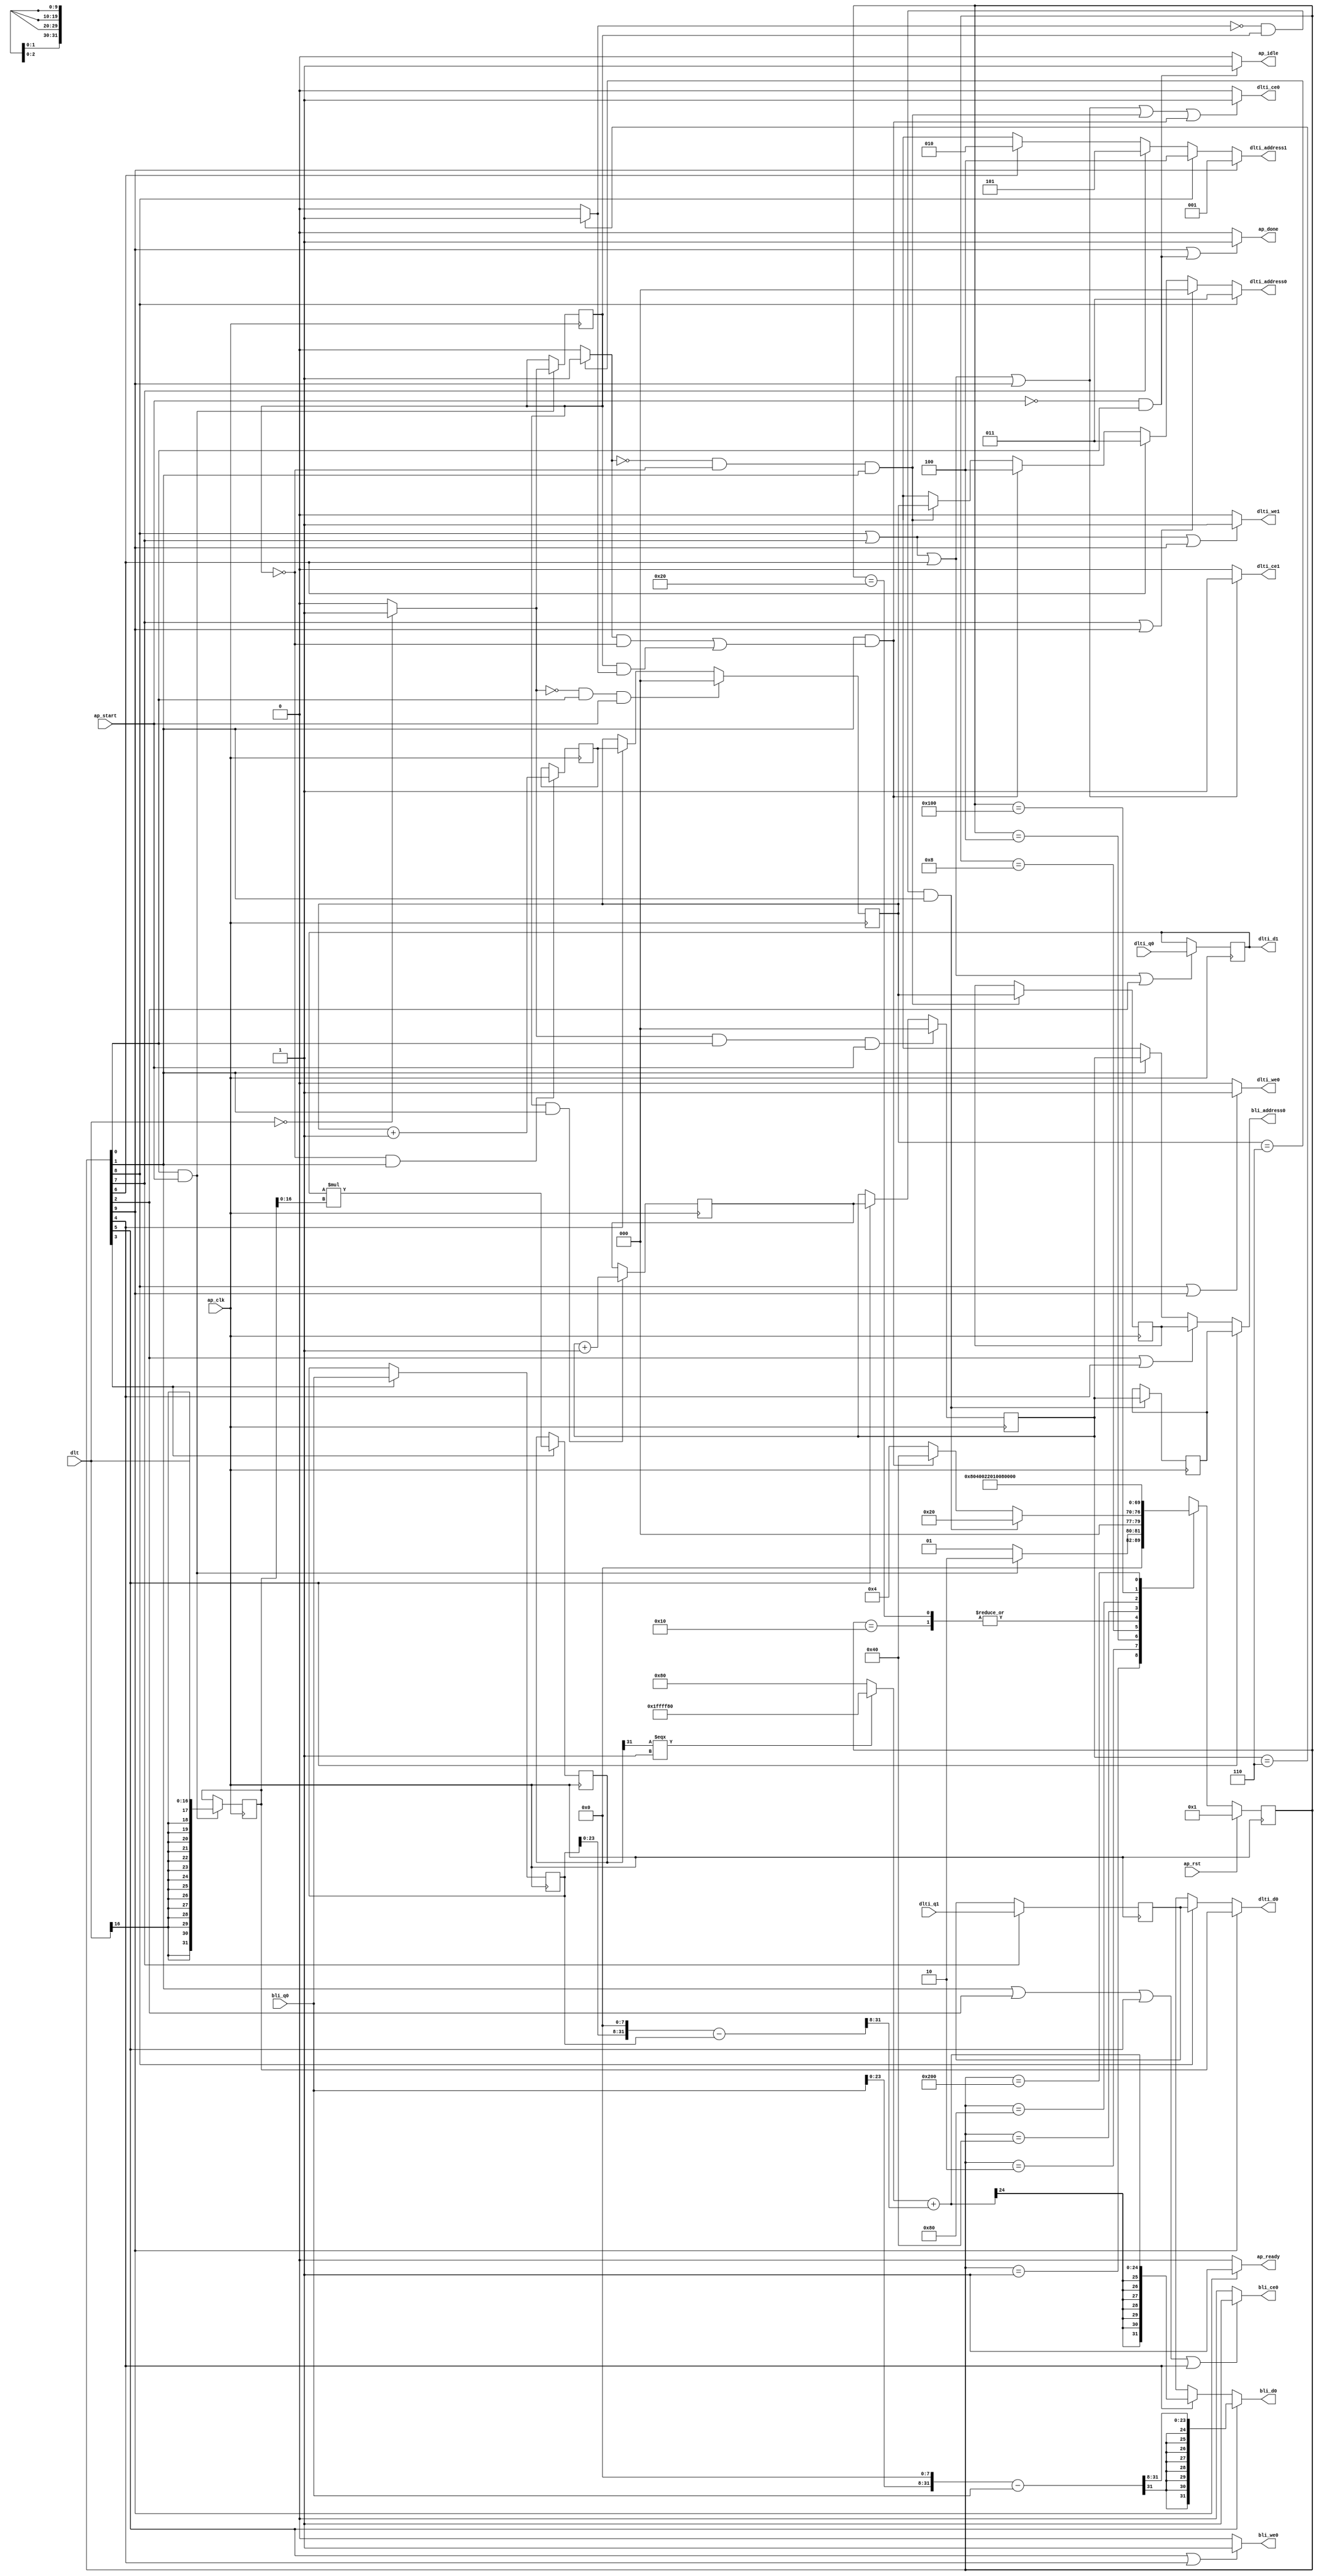
// ==============================================================
// RTL generated by Vivado(TM) HLS - High-Level Synthesis from C, C++ and SystemC
// Version: 2018.3
// Copyright (C) 1986-2018 Xilinx, Inc. All Rights Reserved.
// 
// ===========================================================

`timescale 1 ns / 1 ps 

module upzero (
        ap_clk,
        ap_rst,
        ap_start,
        ap_done,
        ap_idle,
        ap_ready,
        dlt,
        dlti_address0,
        dlti_ce0,
        dlti_we0,
        dlti_d0,
        dlti_q0,
        dlti_address1,
        dlti_ce1,
        dlti_we1,
        dlti_d1,
        dlti_q1,
        bli_address0,
        bli_ce0,
        bli_we0,
        bli_d0,
        bli_q0
);

parameter    ap_ST_fsm_state1 = 10'd1;
parameter    ap_ST_fsm_state2 = 10'd2;
parameter    ap_ST_fsm_state3 = 10'd4;
parameter    ap_ST_fsm_state4 = 10'd8;
parameter    ap_ST_fsm_state5 = 10'd16;
parameter    ap_ST_fsm_state6 = 10'd32;
parameter    ap_ST_fsm_state7 = 10'd64;
parameter    ap_ST_fsm_state8 = 10'd128;
parameter    ap_ST_fsm_state9 = 10'd256;
parameter    ap_ST_fsm_state10 = 10'd512;

input   ap_clk;
input   ap_rst;
input   ap_start;
output   ap_done;
output   ap_idle;
output   ap_ready;
input  [16:0] dlt;
output  [2:0] dlti_address0;
output   dlti_ce0;
output   dlti_we0;
output  [31:0] dlti_d0;
input  [31:0] dlti_q0;
output  [2:0] dlti_address1;
output   dlti_ce1;
output   dlti_we1;
output  [31:0] dlti_d1;
input  [31:0] dlti_q1;
output  [2:0] bli_address0;
output   bli_ce0;
output   bli_we0;
output  [31:0] bli_d0;
input  [31:0] bli_q0;

reg ap_done;
reg ap_idle;
reg ap_ready;
reg[2:0] dlti_address0;
reg dlti_ce0;
reg dlti_we0;
reg[31:0] dlti_d0;
reg[2:0] dlti_address1;
reg dlti_ce1;
reg dlti_we1;
reg[2:0] bli_address0;
reg bli_ce0;
reg bli_we0;
reg[31:0] bli_d0;

(* fsm_encoding = "none" *) reg   [9:0] ap_CS_fsm;
wire    ap_CS_fsm_state1;
reg  signed [31:0] reg_162;
wire    ap_CS_fsm_state3;
wire    ap_CS_fsm_state7;
wire    ap_CS_fsm_state8;
wire    ap_CS_fsm_state9;
wire  signed [31:0] dlt_cast1_fu_167_p1;
reg  signed [31:0] dlt_cast1_reg_294;
wire   [0:0] tmp_fu_171_p2;
reg   [0:0] tmp_reg_305;
wire   [2:0] i_3_fu_183_p2;
reg   [2:0] i_3_reg_312;
wire    ap_CS_fsm_state2;
wire   [0:0] exitcond_fu_177_p2;
reg   [2:0] bli_addr_1_reg_322;
wire   [2:0] i_2_fu_201_p2;
reg   [2:0] i_2_reg_330;
reg   [2:0] bli_addr_reg_335;
wire   [0:0] exitcond1_fu_195_p2;
wire   [31:0] tmp_6_fu_212_p2;
reg   [31:0] tmp_6_reg_346;
wire    ap_CS_fsm_state4;
reg   [31:0] bli_load_1_reg_351;
wire   [2:0] dlti_addr_3_reg_357;
reg   [31:0] dlti_load_3_reg_367;
reg   [2:0] i_1_reg_140;
wire    ap_CS_fsm_state5;
reg   [2:0] i_reg_151;
wire    ap_CS_fsm_state6;
wire   [63:0] tmp_5_fu_189_p1;
wire   [63:0] tmp_1_fu_207_p1;
wire    ap_CS_fsm_state10;
wire  signed [31:0] tmp_4_cast_fu_262_p1;
wire  signed [31:0] tmp_3_fu_289_p1;
wire  signed [16:0] dlt_cast1_fu_167_p0;
wire  signed [16:0] tmp_fu_171_p0;
wire  signed [16:0] tmp_6_fu_212_p1;
wire   [0:0] tmp_9_fu_217_p3;
wire   [31:0] tmp_10_fu_232_p2;
wire   [31:0] tmp_s_fu_237_p2;
wire   [23:0] tmp_11_fu_242_p4;
wire   [24:0] tmp_9_cast_cast_fu_224_p3;
wire  signed [24:0] wd3_cast_fu_252_p1;
wire   [24:0] tmp_4_fu_256_p2;
wire   [31:0] tmp_7_fu_267_p2;
wire   [31:0] tmp_2_fu_273_p2;
wire   [23:0] tmp_8_fu_279_p4;
reg   [9:0] ap_NS_fsm;

// power-on initialization
initial begin
#0 ap_CS_fsm = 10'd1;
end

always @ (posedge ap_clk) begin
    if (ap_rst == 1'b1) begin
        ap_CS_fsm <= ap_ST_fsm_state1;
    end else begin
        ap_CS_fsm <= ap_NS_fsm;
    end
end

always @ (posedge ap_clk) begin
    if (((tmp_fu_171_p2 == 1'd0) & (1'b1 == ap_CS_fsm_state1) & (ap_start == 1'b1))) begin
        i_1_reg_140 <= 3'd0;
    end else if ((1'b1 == ap_CS_fsm_state5)) begin
        i_1_reg_140 <= i_3_reg_312;
    end
end

always @ (posedge ap_clk) begin
    if (((tmp_fu_171_p2 == 1'd1) & (1'b1 == ap_CS_fsm_state1) & (ap_start == 1'b1))) begin
        i_reg_151 <= 3'd0;
    end else if ((1'b1 == ap_CS_fsm_state6)) begin
        i_reg_151 <= i_2_reg_330;
    end
end

always @ (posedge ap_clk) begin
    if (((exitcond_fu_177_p2 == 1'd0) & (tmp_reg_305 == 1'd0) & (1'b1 == ap_CS_fsm_state2))) begin
        bli_addr_1_reg_322 <= tmp_5_fu_189_p1;
    end
end

always @ (posedge ap_clk) begin
    if (((exitcond1_fu_195_p2 == 1'd0) & (tmp_reg_305 == 1'd1) & (1'b1 == ap_CS_fsm_state2))) begin
        bli_addr_reg_335 <= tmp_1_fu_207_p1;
    end
end

always @ (posedge ap_clk) begin
    if ((1'b1 == ap_CS_fsm_state4)) begin
        bli_load_1_reg_351 <= bli_q0;
        tmp_6_reg_346 <= tmp_6_fu_212_p2;
    end
end

always @ (posedge ap_clk) begin
    if (((1'b1 == ap_CS_fsm_state1) & (ap_start == 1'b1))) begin
        dlt_cast1_reg_294 <= dlt_cast1_fu_167_p1;
        tmp_reg_305 <= tmp_fu_171_p2;
    end
end

always @ (posedge ap_clk) begin
    if ((1'b1 == ap_CS_fsm_state8)) begin
        dlti_load_3_reg_367 <= dlti_q1;
    end
end

always @ (posedge ap_clk) begin
    if (((tmp_reg_305 == 1'd1) & (1'b1 == ap_CS_fsm_state2))) begin
        i_2_reg_330 <= i_2_fu_201_p2;
    end
end

always @ (posedge ap_clk) begin
    if (((tmp_reg_305 == 1'd0) & (1'b1 == ap_CS_fsm_state2))) begin
        i_3_reg_312 <= i_3_fu_183_p2;
    end
end

always @ (posedge ap_clk) begin
    if (((1'b1 == ap_CS_fsm_state9) | (1'b1 == ap_CS_fsm_state8) | (1'b1 == ap_CS_fsm_state7) | (1'b1 == ap_CS_fsm_state3))) begin
        reg_162 <= dlti_q0;
    end
end

always @ (*) begin
    if (((1'b1 == ap_CS_fsm_state10) | ((ap_start == 1'b0) & (1'b1 == ap_CS_fsm_state1)))) begin
        ap_done = 1'b1;
    end else begin
        ap_done = 1'b0;
    end
end

always @ (*) begin
    if (((ap_start == 1'b0) & (1'b1 == ap_CS_fsm_state1))) begin
        ap_idle = 1'b1;
    end else begin
        ap_idle = 1'b0;
    end
end

always @ (*) begin
    if ((1'b1 == ap_CS_fsm_state10)) begin
        ap_ready = 1'b1;
    end else begin
        ap_ready = 1'b0;
    end
end

always @ (*) begin
    if ((1'b1 == ap_CS_fsm_state6)) begin
        bli_address0 = bli_addr_reg_335;
    end else if (((1'b1 == ap_CS_fsm_state3) | (1'b1 == ap_CS_fsm_state5))) begin
        bli_address0 = bli_addr_1_reg_322;
    end else if ((1'b1 == ap_CS_fsm_state2)) begin
        bli_address0 = tmp_1_fu_207_p1;
    end else begin
        bli_address0 = 'bx;
    end
end

always @ (*) begin
    if (((1'b1 == ap_CS_fsm_state2) | (1'b1 == ap_CS_fsm_state3) | (1'b1 == ap_CS_fsm_state6) | (1'b1 == ap_CS_fsm_state5))) begin
        bli_ce0 = 1'b1;
    end else begin
        bli_ce0 = 1'b0;
    end
end

always @ (*) begin
    if ((1'b1 == ap_CS_fsm_state6)) begin
        bli_d0 = tmp_3_fu_289_p1;
    end else if ((1'b1 == ap_CS_fsm_state5)) begin
        bli_d0 = tmp_4_cast_fu_262_p1;
    end else begin
        bli_d0 = 'bx;
    end
end

always @ (*) begin
    if (((1'b1 == ap_CS_fsm_state6) | (1'b1 == ap_CS_fsm_state5))) begin
        bli_we0 = 1'b1;
    end else begin
        bli_we0 = 1'b0;
    end
end

always @ (*) begin
    if ((1'b1 == ap_CS_fsm_state9)) begin
        dlti_address0 = dlti_addr_3_reg_357;
    end else if (((1'b1 == ap_CS_fsm_state8) | (1'b1 == ap_CS_fsm_state10))) begin
        dlti_address0 = 64'd0;
    end else if ((1'b1 == ap_CS_fsm_state7)) begin
        dlti_address0 = 64'd3;
    end else if (((1'b1 == ap_CS_fsm_state2) & (((exitcond_fu_177_p2 == 1'd1) & (tmp_reg_305 == 1'd0)) | ((tmp_reg_305 == 1'd1) & (exitcond1_fu_195_p2 == 1'd1))))) begin
        dlti_address0 = 64'd4;
    end else if (((exitcond_fu_177_p2 == 1'd0) & (tmp_reg_305 == 1'd0) & (1'b1 == ap_CS_fsm_state2))) begin
        dlti_address0 = tmp_5_fu_189_p1;
    end else begin
        dlti_address0 = 'bx;
    end
end

always @ (*) begin
    if ((1'b1 == ap_CS_fsm_state10)) begin
        dlti_address1 = 64'd1;
    end else if ((1'b1 == ap_CS_fsm_state9)) begin
        dlti_address1 = 64'd4;
    end else if ((1'b1 == ap_CS_fsm_state8)) begin
        dlti_address1 = 64'd5;
    end else if ((1'b1 == ap_CS_fsm_state7)) begin
        dlti_address1 = 64'd2;
    end else begin
        dlti_address1 = 'bx;
    end
end

always @ (*) begin
    if (((1'b1 == ap_CS_fsm_state9) | (1'b1 == ap_CS_fsm_state8) | (1'b1 == ap_CS_fsm_state7) | (1'b1 == ap_CS_fsm_state10) | ((exitcond_fu_177_p2 == 1'd0) & (tmp_reg_305 == 1'd0) & (1'b1 == ap_CS_fsm_state2)) | ((1'b1 == ap_CS_fsm_state2) & (((exitcond_fu_177_p2 == 1'd1) & (tmp_reg_305 == 1'd0)) | ((tmp_reg_305 == 1'd1) & (exitcond1_fu_195_p2 == 1'd1)))))) begin
        dlti_ce0 = 1'b1;
    end else begin
        dlti_ce0 = 1'b0;
    end
end

always @ (*) begin
    if (((1'b1 == ap_CS_fsm_state9) | (1'b1 == ap_CS_fsm_state8) | (1'b1 == ap_CS_fsm_state7) | (1'b1 == ap_CS_fsm_state10))) begin
        dlti_ce1 = 1'b1;
    end else begin
        dlti_ce1 = 1'b0;
    end
end

always @ (*) begin
    if ((1'b1 == ap_CS_fsm_state10)) begin
        dlti_d0 = dlt_cast1_reg_294;
    end else if ((1'b1 == ap_CS_fsm_state9)) begin
        dlti_d0 = dlti_load_3_reg_367;
    end else begin
        dlti_d0 = 'bx;
    end
end

always @ (*) begin
    if (((1'b1 == ap_CS_fsm_state9) | (1'b1 == ap_CS_fsm_state10))) begin
        dlti_we0 = 1'b1;
    end else begin
        dlti_we0 = 1'b0;
    end
end

always @ (*) begin
    if (((1'b1 == ap_CS_fsm_state9) | (1'b1 == ap_CS_fsm_state8) | (1'b1 == ap_CS_fsm_state10))) begin
        dlti_we1 = 1'b1;
    end else begin
        dlti_we1 = 1'b0;
    end
end

always @ (*) begin
    case (ap_CS_fsm)
        ap_ST_fsm_state1 : begin
            if (((1'b1 == ap_CS_fsm_state1) & (ap_start == 1'b1))) begin
                ap_NS_fsm = ap_ST_fsm_state2;
            end else begin
                ap_NS_fsm = ap_ST_fsm_state1;
            end
        end
        ap_ST_fsm_state2 : begin
            if (((exitcond1_fu_195_p2 == 1'd0) & (tmp_reg_305 == 1'd1) & (1'b1 == ap_CS_fsm_state2))) begin
                ap_NS_fsm = ap_ST_fsm_state6;
            end else if (((1'b1 == ap_CS_fsm_state2) & (((exitcond_fu_177_p2 == 1'd1) & (tmp_reg_305 == 1'd0)) | ((tmp_reg_305 == 1'd1) & (exitcond1_fu_195_p2 == 1'd1))))) begin
                ap_NS_fsm = ap_ST_fsm_state7;
            end else begin
                ap_NS_fsm = ap_ST_fsm_state3;
            end
        end
        ap_ST_fsm_state3 : begin
            ap_NS_fsm = ap_ST_fsm_state4;
        end
        ap_ST_fsm_state4 : begin
            ap_NS_fsm = ap_ST_fsm_state5;
        end
        ap_ST_fsm_state5 : begin
            ap_NS_fsm = ap_ST_fsm_state2;
        end
        ap_ST_fsm_state6 : begin
            ap_NS_fsm = ap_ST_fsm_state2;
        end
        ap_ST_fsm_state7 : begin
            ap_NS_fsm = ap_ST_fsm_state8;
        end
        ap_ST_fsm_state8 : begin
            ap_NS_fsm = ap_ST_fsm_state9;
        end
        ap_ST_fsm_state9 : begin
            ap_NS_fsm = ap_ST_fsm_state10;
        end
        ap_ST_fsm_state10 : begin
            ap_NS_fsm = ap_ST_fsm_state1;
        end
        default : begin
            ap_NS_fsm = 'bx;
        end
    endcase
end

assign ap_CS_fsm_state1 = ap_CS_fsm[32'd0];

assign ap_CS_fsm_state10 = ap_CS_fsm[32'd9];

assign ap_CS_fsm_state2 = ap_CS_fsm[32'd1];

assign ap_CS_fsm_state3 = ap_CS_fsm[32'd2];

assign ap_CS_fsm_state4 = ap_CS_fsm[32'd3];

assign ap_CS_fsm_state5 = ap_CS_fsm[32'd4];

assign ap_CS_fsm_state6 = ap_CS_fsm[32'd5];

assign ap_CS_fsm_state7 = ap_CS_fsm[32'd6];

assign ap_CS_fsm_state8 = ap_CS_fsm[32'd7];

assign ap_CS_fsm_state9 = ap_CS_fsm[32'd8];

assign dlt_cast1_fu_167_p0 = dlt;

assign dlt_cast1_fu_167_p1 = dlt_cast1_fu_167_p0;

assign dlti_addr_3_reg_357 = 64'd3;

assign dlti_d1 = reg_162;

assign exitcond1_fu_195_p2 = ((i_reg_151 == 3'd6) ? 1'b1 : 1'b0);

assign exitcond_fu_177_p2 = ((i_1_reg_140 == 3'd6) ? 1'b1 : 1'b0);

assign i_2_fu_201_p2 = (i_reg_151 + 3'd1);

assign i_3_fu_183_p2 = (i_1_reg_140 + 3'd1);

assign tmp_10_fu_232_p2 = bli_load_1_reg_351 << 32'd8;

assign tmp_11_fu_242_p4 = {{tmp_s_fu_237_p2[31:8]}};

assign tmp_1_fu_207_p1 = i_reg_151;

assign tmp_2_fu_273_p2 = (tmp_7_fu_267_p2 - bli_q0);

assign tmp_3_fu_289_p1 = $signed(tmp_8_fu_279_p4);

assign tmp_4_cast_fu_262_p1 = $signed(tmp_4_fu_256_p2);

assign tmp_4_fu_256_p2 = ($signed(tmp_9_cast_cast_fu_224_p3) + $signed(wd3_cast_fu_252_p1));

assign tmp_5_fu_189_p1 = i_1_reg_140;

assign tmp_6_fu_212_p1 = dlt_cast1_reg_294;

assign tmp_6_fu_212_p2 = ($signed(reg_162) * $signed(tmp_6_fu_212_p1));

assign tmp_7_fu_267_p2 = bli_q0 << 32'd8;

assign tmp_8_fu_279_p4 = {{tmp_2_fu_273_p2[31:8]}};

assign tmp_9_cast_cast_fu_224_p3 = ((tmp_9_fu_217_p3[0:0] === 1'b1) ? 25'd33554304 : 25'd128);

assign tmp_9_fu_217_p3 = tmp_6_reg_346[32'd31];

assign tmp_fu_171_p0 = dlt;

assign tmp_fu_171_p2 = ((tmp_fu_171_p0 == 17'd0) ? 1'b1 : 1'b0);

assign tmp_s_fu_237_p2 = (tmp_10_fu_232_p2 - bli_load_1_reg_351);

assign wd3_cast_fu_252_p1 = $signed(tmp_11_fu_242_p4);

endmodule //upzero